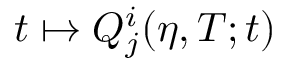
t \mapsto Q _ { j } ^ { i } ( \eta , T ; t )